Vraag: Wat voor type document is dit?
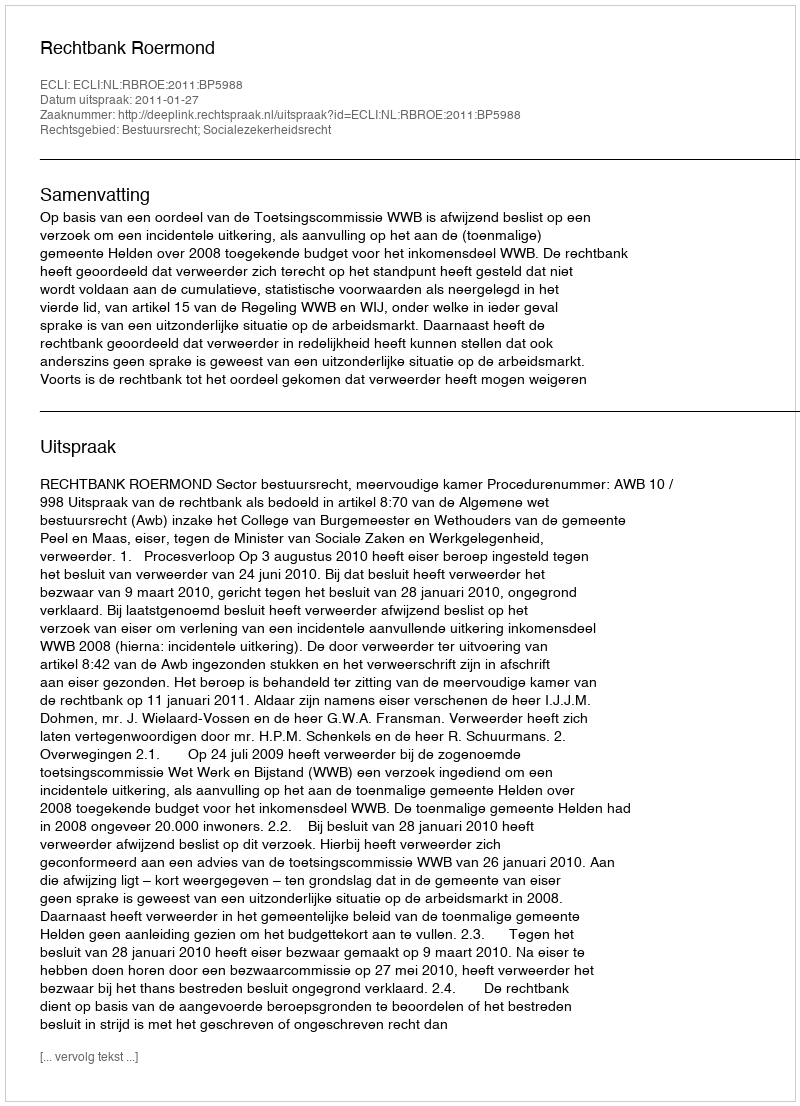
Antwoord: Uitspraak